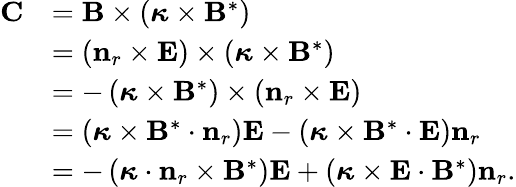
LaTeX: \begin{array}{rl}{\mathbf{C}}&{=\mathbf{B}\times\left(\boldsymbol{\kappa}\times\mathbf{B}^{*}\right)}\\ &{=\left(\mathbf{n}_{r}\times\mathbf{E}\right)\times\left(\boldsymbol{\kappa}\times\mathbf{B}^{*}\right)}\\ &{=-\left(\boldsymbol{\kappa}\times\mathbf{B}^{*}\right)\times\left(\mathbf{n}_{r}\times\mathbf{E}\right)}\\ &{=\left(\boldsymbol{\kappa}\times\mathbf{B}^{*}\cdot\mathbf{n}_{r}\right)\mathbf{E}-\left(\boldsymbol{\kappa}\times\mathbf{B}^{*}\cdot\mathbf{E}\right)\mathbf{n}_{r}}\\ &{=-\left(\boldsymbol{\kappa}\cdot\mathbf{n}_{r}\times\mathbf{B}^{*}\right)\mathbf{E}+\left(\boldsymbol{\kappa}\times\mathbf{E}\cdot\mathbf{B}^{*}\right)\mathbf{n}_{r}.}\end{array}